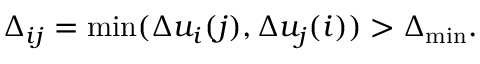
\Delta _ { i j } = \mathrm { { m i n } } ( \Delta u _ { i } ( j ) , \Delta u _ { j } ( i ) ) > \Delta _ { \mathrm { { m i n } } } .